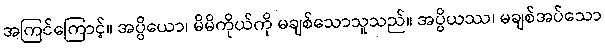
အကြင်ကြောင့်။ အပ္ပိယော၊ မိမိကိုယ်ကို မချစ်သောသူသည်။ အပ္ပိယဿ၊ မချစ်အပ်သော